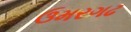
ઉમરગઢ